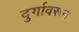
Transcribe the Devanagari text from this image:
दुर्गावरून